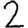
Digit: 2